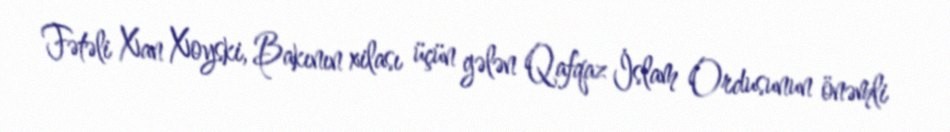
Fətəli Xan Xoyski, Bakının xilası üçün gələn Qafqaz İslam Ordusunun önəmli